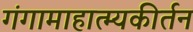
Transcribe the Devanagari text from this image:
गंगामाहात्म्यकीर्तन